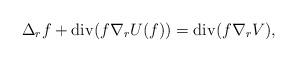
LaTeX: \begin{align*} \Delta_r f + {\rm div} (f \nabla_r U (f)) = {\rm div} (f \nabla_r V),\end{align*}